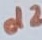
Text: d2